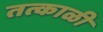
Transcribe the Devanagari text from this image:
तत्काळी